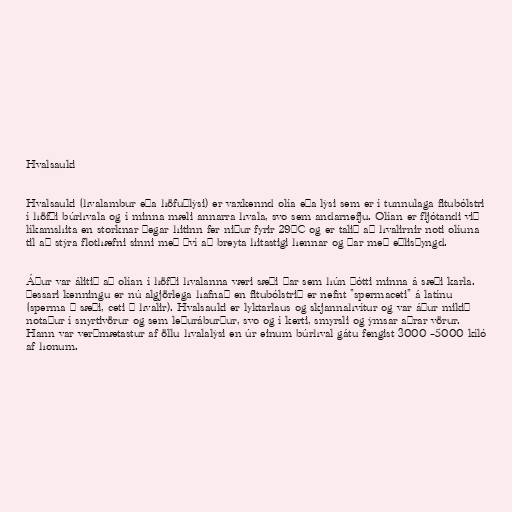
Hvalsauki

Hvalsauki (hvalambur eða höfuðlýsi) er vaxkennd olía eða lýsi sem er í tunnulaga fitubólstri
í höfði búrhvala og í minna mæli annarra hvala, svo sem andarnefju. Olían er fljótandi við
líkamshita en storknar þegar hitinn fer niður fyrir 29°C og er talið að hvalirnir noti olíuna
til að stýra flothæfni sinni með því að breyta hitastigi hennar og þar með eðlisþyngd.

Áður var álitið að olían í höfði hvalanna væri sæði þar sem hún þótti minna á sæði karla.
Þessari kenningu er nú algjörlega hafnað en fitubólstrið er nefnt "spermaceti" á latínu
(sperma = sæði, ceti = hvalir). Hvalsauki er lyktarlaus og skjannahvítur og var áður mikið
notaður í snyrtivörur og sem leðuráburður, svo og í kerti, smyrsli og ýmsar aðrar vörur.
Hann var verðmætastur af öllu hvalalýsi en úr einum búrhval gátu fengist 3000 –5000 kíló
af honum.